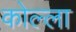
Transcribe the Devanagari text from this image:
कोल्ला